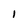
Character: 1